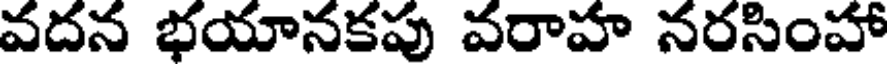
వదన భయానకపు వరాహ నరసింహా